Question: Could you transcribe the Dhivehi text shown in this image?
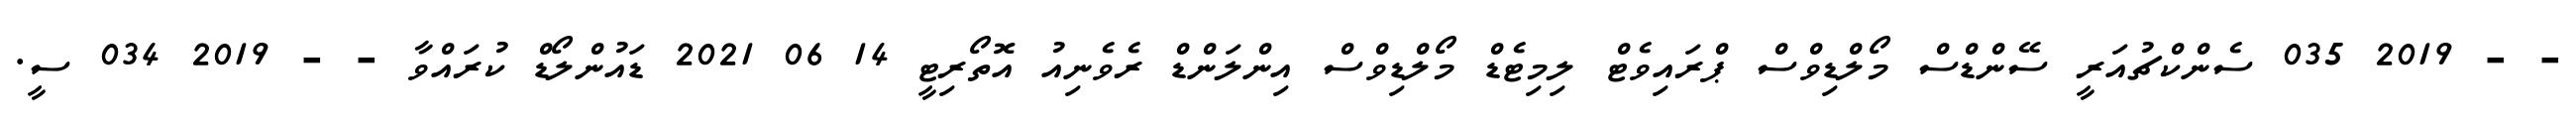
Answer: - - 2019 035 ސެންކްޗުއަރީ ސޭންޑްސް މޯލްޑިވްސް ޕްރައިވެޓް ލިމިޓެޑް މޯލްޑިވްސް އިންލަންޑް ރެވެނިއު އޮތޯރިޓީ 14 06 2021 ޑައުންލޯޑް ކުރައްވާ - - 2019 034 ސީ.